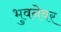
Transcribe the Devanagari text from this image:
भुवनेवर